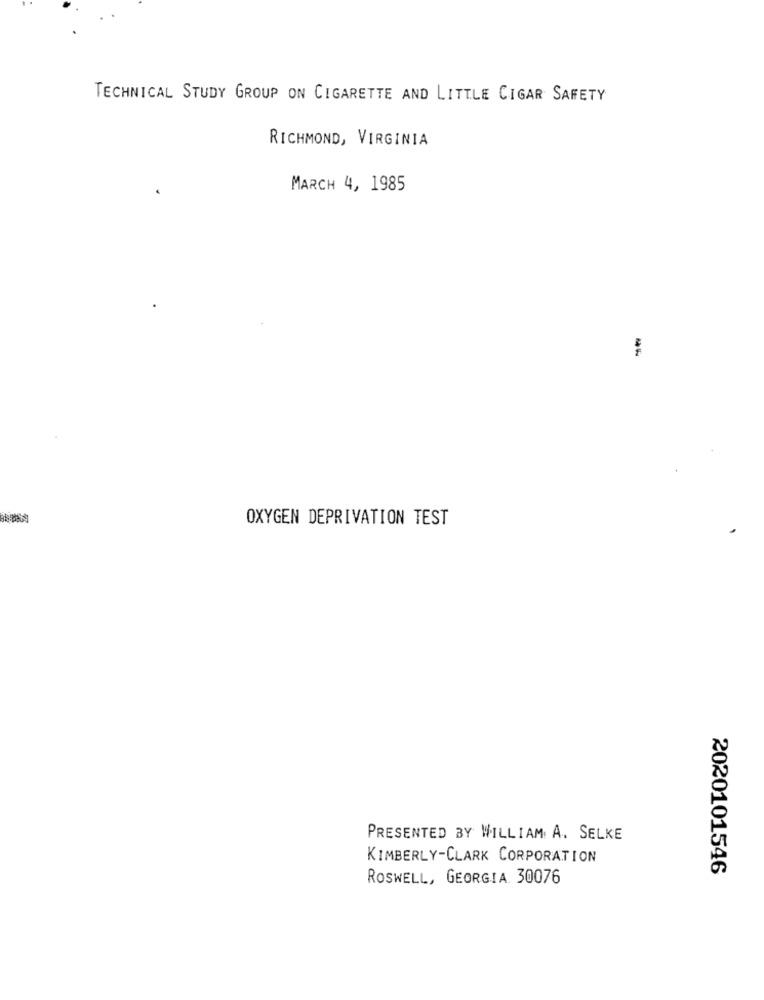
TECHNICAL STUDY GROUP ON CIGARETTE AND LITTLE CIGAR SAFETY
RICHMOND, VIRGINIA
MARCH 4, 1985
OXYGEN DEPRIVATION TEST
PRESENTED BY WILLIAM A. SELKE
KIMBERLY-CLARK CORPORATION
2020101546
ROSWELL, GEORGIA. 30076